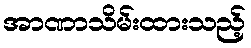
အာဏာသိမ်းထားသည့်